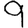
Digit: 9